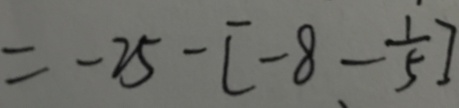
= - 2 5 - [ - 8 - \frac { 1 } { 5 } ]